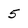
Character: 5